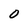
Character: 0